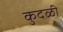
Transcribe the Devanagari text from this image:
कुदळी